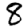
Digit: 8